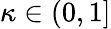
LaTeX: \kappa\in(0,1]